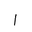
Letter: _alif